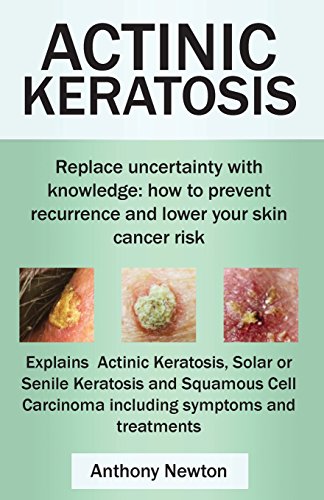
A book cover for Actinic Keratosis. Replace the Fear and Uncertainty with Knowledge: How to Prevent Recurrence and Lower Your Skin Cancer Risk.; Anthony Newton; Health, Fitness & Dieting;